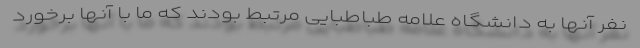
نفر آنها به دانشگاه علامه طباطبایی مرتبط بودند که ما با آنها برخورد